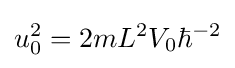
u_{0}^{2}=2mL^{2}V_{0}\hbar ^{-2}